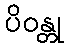
ပိဝန္တု